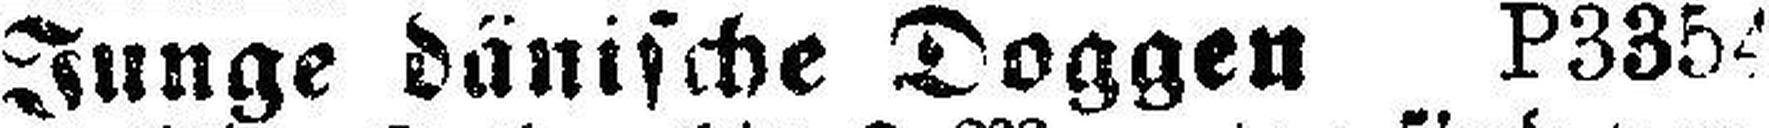
Junge dänische Doggen P3354